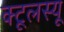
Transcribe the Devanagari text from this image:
क्टूलस्यू